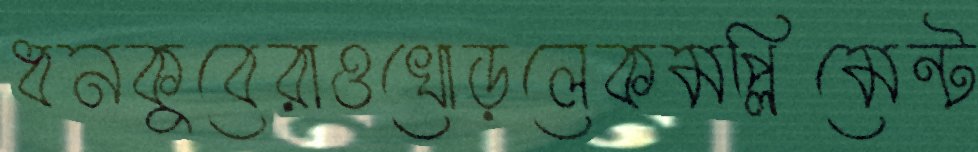
ধনকুবেরাওখোড়লেকমপ্লিমেন্ট